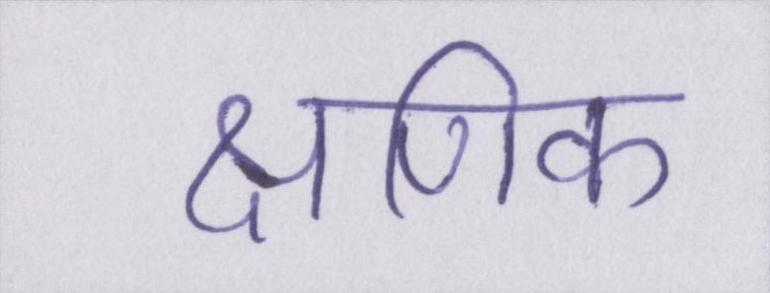
क्षणिक